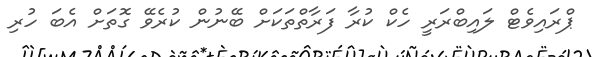
ޕްރައިވެޓް ލައިބްރަރީ ހެކް ކުރާ ފަރާތްތަކަށް ބޭނުން ކުރެވޭ ގޮތަށް އެބަ ހުރި